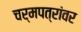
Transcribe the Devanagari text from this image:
चर्मपत्रांवर